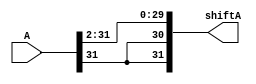
module SRA_2_32B(shiftA, A);
	input [31:0] A;
	output [31:0] shiftA;

	assign shiftA[29:0] = A[31:2];
	assign shiftA[30] = A[31];
	assign shiftA[31] = A[31];
	

endmodule